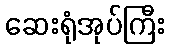
ဆေးရုံအုပ်ကြီး